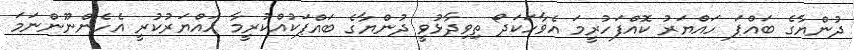
ދުންޔާގެ ބައްޕަ ހައްޔަރު ކޮއްފަހުރީމަ އެވާހަކަދޯ ތިވިދާޅުވީ ދުންޔާގެ ބައްޕަކުއްކުރީމާ ހައްޔަރުކުރީ އެހެންނޫންނަމަ